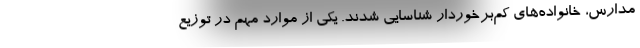
مدارس، خانواده‌های کم‌برخوردار شناسایی شدند. یکی از موارد مهم در توزیع